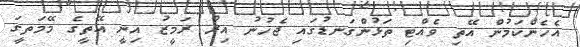
އެހެންކަމުން އޭތި ވެއްޓި ތަޅުންގަނޑުގައި ޖެހުނު އިރު ރަމީޒު އިނީ އޭތީގެ މޭމަތީގަ